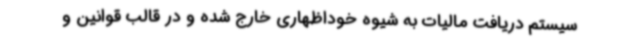
سیستم دریافت مالیات به شیوه خوداظهاری خارج شده و در قالب قوانین و